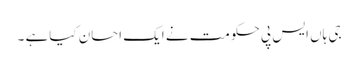
جی ہاں ایس پی حکومت نے ایک احسان کیاہے ۔